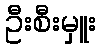
ဦးစီးမှူး